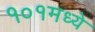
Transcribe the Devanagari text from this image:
१०१मध्ये